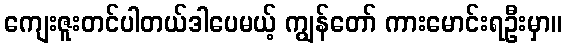
ကျေးဇူးတင်ပါတယ်ဒါပေမယ့် ကျွန်တော် ကားမောင်းရဦးမှာ။